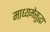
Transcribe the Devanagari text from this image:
माध्यमेसुद्धा